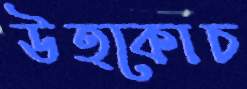
উত্কোচ